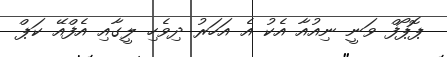
ޕޮޕޯފް ވަނީ ނިއުއާ އެކު އެ އަހަރު ދިވެހި ލީގާއި އެފްއޭ ކަޕް